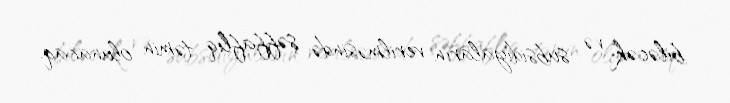
biləcək və subsidiyaların verilməsində şəffaflıq təmin olunacaq.